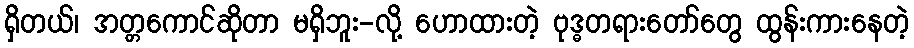
ရှိတယ်၊ အတ္တကောင်ဆိုတာ မရှိဘူး-လို့ ဟောထားတဲ့ ဗုဒ္ဓတရားတော်တွေ ထွန်းကားနေတဲ့